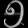
Digit: ၅